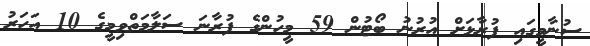
ސުނާމީގައި ފުރާޅަށް އުރުނު ބޯޓުން 59 މީހުންގެ ފުރާނަ ސަލާމަތްވިމީގެ 10 އަހަރު